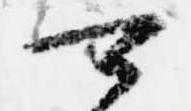
可